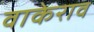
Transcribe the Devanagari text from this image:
वाकेराव